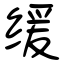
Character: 缓